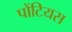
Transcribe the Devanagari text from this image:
पोंटियस